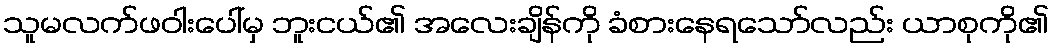
သူမလက်ဖဝါးပေါ်မှ ဘူးငယ်၏ အလေးချိန်ကို ခံစားနေရသော်လည်း ယာစုကို၏